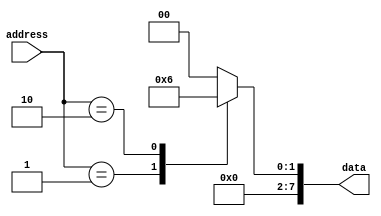
module mask_programmed_ROM(
    input [7:0] address,
    output reg [7:0] data
);

always @(*) begin
    case(address)
        8'h00: data = 8'b00000000;
        8'h01: data = 8'b00000001;
        8'h02: data = 8'b00000010;
        // Add more data entries as needed
        default: data = 8'b00000000; // Default value for unknown addresses
    endcase
end

endmodule